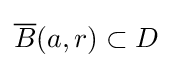
{\overline {B}}(a,r)\subset D